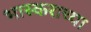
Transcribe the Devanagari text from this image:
भास्कराच्या